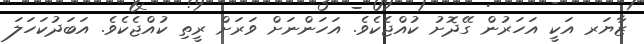
ޒާޔަރ އަކީ އަހަރުން ގޭދޮށު ކުއްޖެކެވެ. އަހަންނަށް ވަރަށް ރީތި ކުއްޖެކެވެ. އަބަދުކަހަލަ